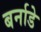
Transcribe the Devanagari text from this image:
बर्नाडे